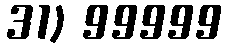
31) 99999